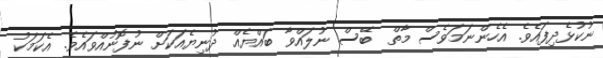
ނުކުޅެދިފައެވެ. އެހެންނަމަވެސް މާތް  ބޭސް ނުލައްވާ ބައްޔެއް ދުނިޔެއަކަށް ނުފޮނުއްވައެވެ. އެކަމަކު